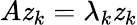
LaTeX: A\mathit{z}_{k}=\lambda_{k}\mathit{z}_{k}